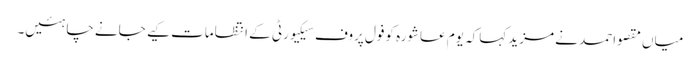
میاں مقصواحمد نے مزید کہاکہ یوم عاشورہ کوفول پروف سیکیورٹی کے انتظامات کیے جانے چاہئیں۔